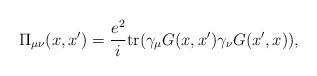
LaTeX: \begin{align*}\Pi_{\mu\nu}(x,x') = \frac{e^2}{i}\mbox{tr} (\gamma_\mu G(x,x') \gamma_\nu G(x',x)),\end{align*}